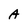
Character: A